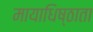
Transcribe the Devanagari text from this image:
मायाधिष्ठाता